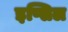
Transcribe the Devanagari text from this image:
इप्सिल